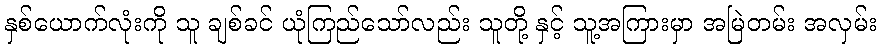
နှစ်ယောက်လုံးကို သူ ချစ်ခင် ယုံကြည်သော်လည်း သူတို့ နှင့် သူ့အကြားမှာ အမြဲတမ်း အလှမ်း